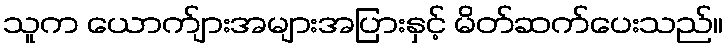
သူက ယောက်ျားအများအပြားနှင့် မိတ်ဆက်ပေးသည်။